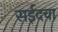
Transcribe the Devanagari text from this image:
सईदचा